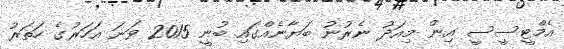
އެމްޓީސީސީ އިން މިއަދު ނެރުނު ބަޔާނެއްގައި ބުނީ 2015 ވަނަ އަހަރުގެ ހަތަރު